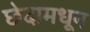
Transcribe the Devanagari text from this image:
छेदामधून